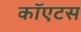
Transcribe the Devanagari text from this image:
कॉएटस